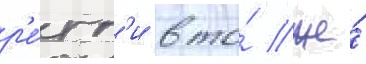
р'е́гг'и в то́ же́